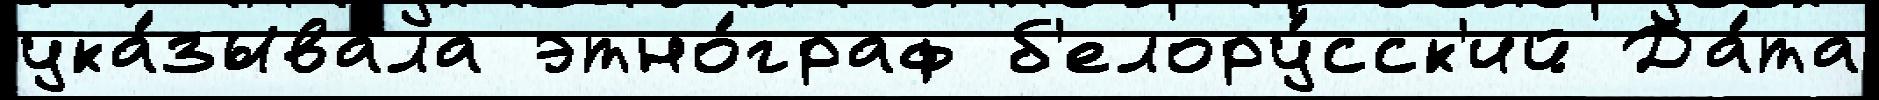
ука́зывала этно́граф б'елору́сск'ий Да́та